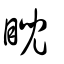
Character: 睨